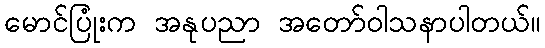
မောင်ပြုံးက အနုပညာ အတော်ဝါသနာပါတယ်။